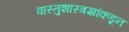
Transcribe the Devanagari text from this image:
वास्तुशास्त्रज्ञांकडून